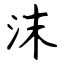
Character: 沫